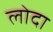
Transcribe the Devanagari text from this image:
लोदा